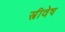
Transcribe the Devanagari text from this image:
स्त्रीवेष